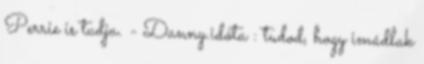
Perrie is tudja. - Danny.idóta : tudod, hogy imádlak